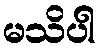
မသိပါ